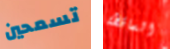
تسمحين الساقطة